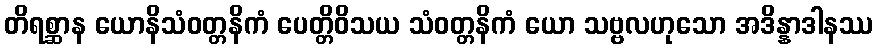
တိရစ္ဆာန ယောနိသံဝတ္တနိကံ ပေတ္တိဝိသယ သံဝတ္တနိကံ ယော သဗ္ဗလဟုသော အဒိန္နာဒါနဿ